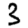
Digit: 3